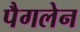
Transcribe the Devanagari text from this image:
पैगलेन